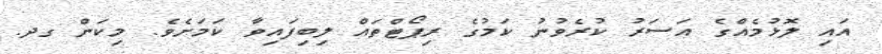
އައި ލޮޅުމެއްގެ އަސަރު ކުރެވުނު ކަމުގެ ރިޕޯޓްތައް ލިބިފައިވާ ކަމަށެވެ. މިކަން ގދ.